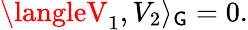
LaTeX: \langleV_{1},V_{2}\rangle_{\mathsf{G}}=0.